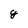
Character: g